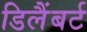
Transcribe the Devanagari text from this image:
डिलैंबर्ट